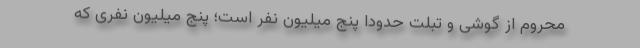
محروم از گوشی و تبلت حدودا پنج میلیون نفر است؛ پنج میلیون نفری که